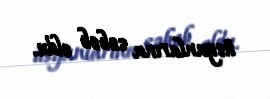
üsyanlarına səbəb oldu.